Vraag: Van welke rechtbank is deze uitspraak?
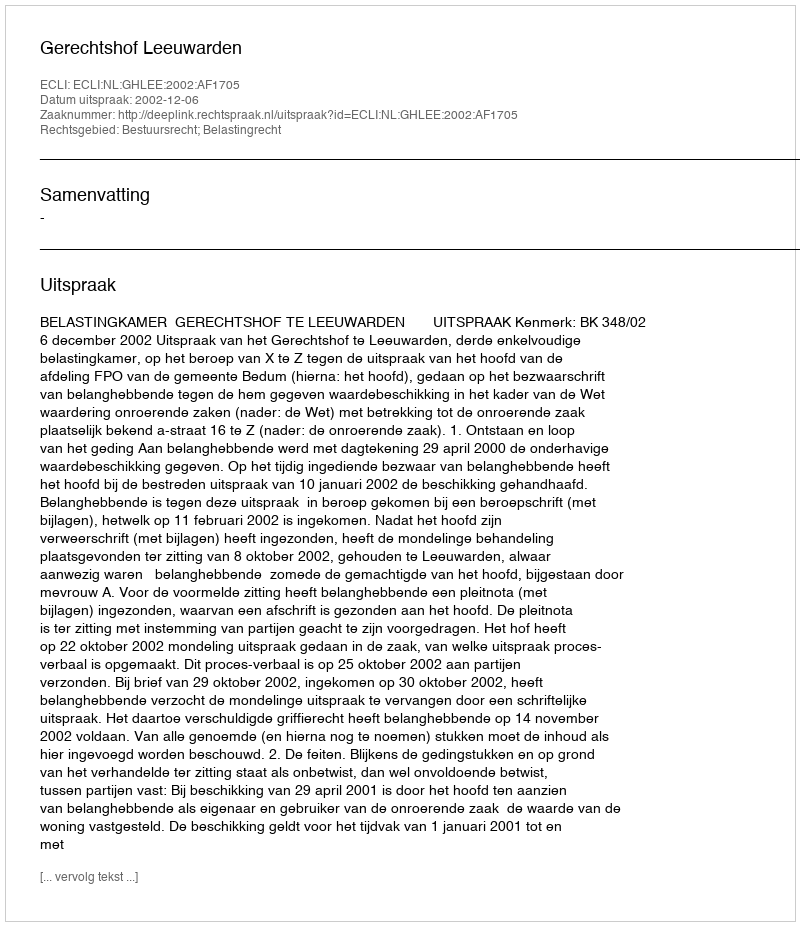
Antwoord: Gerechtshof Leeuwarden